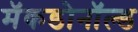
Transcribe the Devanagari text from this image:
मॅकडोनॉल्ड